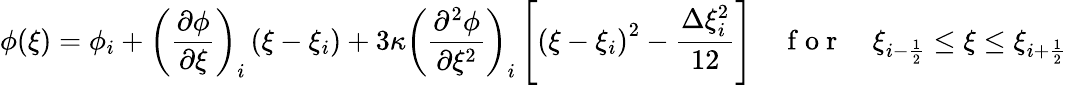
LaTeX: \phi(\xi)=\phi_{i}+\left(\frac{\partial\phi}{\partial\xi}\right)_{i}\left(\xi-\xi_{i}\right)+3\kappa\left(\frac{\partial^{2}\phi}{\partial\xi^{2}}\right)_{i}\left[\left(\xi-\xi_{i}\right)^{2}-\frac{\Delta\xi_{i}^{2}}{12}\right]\quad\mathrm{~f~o~r~}\quad\xi_{i-\frac{1}{2}}\le\xi\le\xi_{i+\frac{1}{2}}